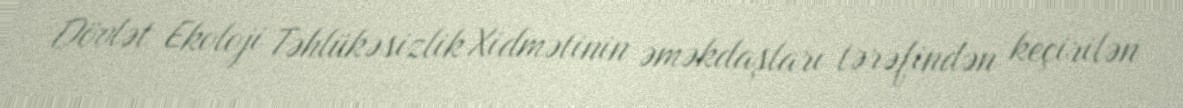
Dövlət Ekoloji Təhlükəsizlik Xidmətinin əməkdaşları tərəfindən keçirilən